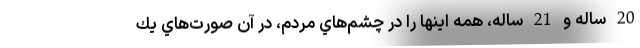
20 ساله و 21 ساله، همه اينها را در چشم‌هاي مردم، در آن صورت‌هاي يك